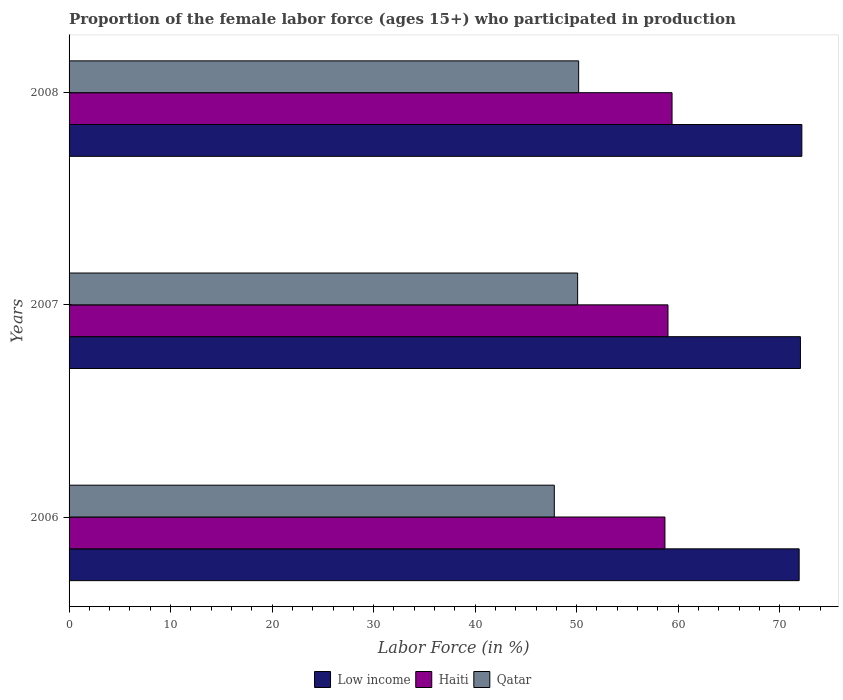
| Years | Low income | Haiti | Qatar |
 | --- | --- | --- | --- |
 | 2006 | 71.9 | 58.7 | 47.8 |
 | 2007 | 72 | 59 | 50.1 |
 | 2008 | 72.2 | 59.4 | 50.2 |